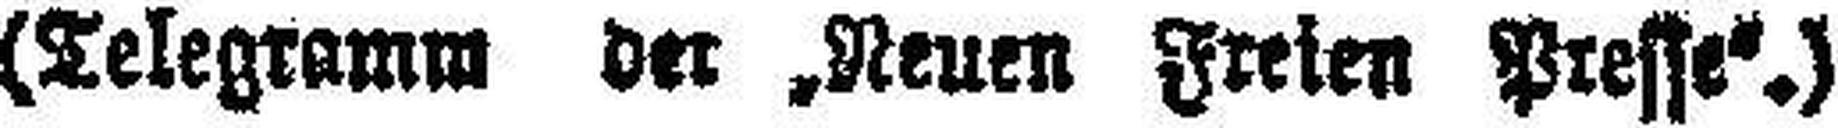
(Telegramm der „Neuen Freien Presse“.)